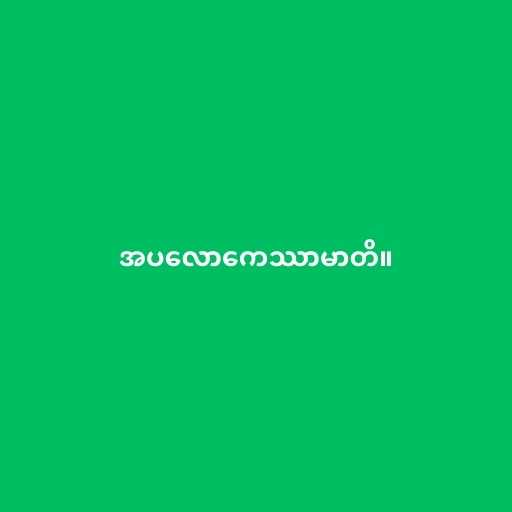
အပလောကေဿာမာတိ။